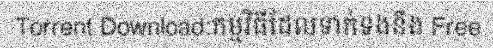
Torrent Download:កម្មវិធីដែលទាក់ទងនឹង Free